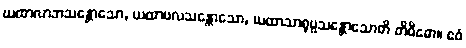
ယထာလာဘသန္တောသော, ယထာဗလသန္တောသော, ယထာသာရုပ္ပသန္တောသောတိ တိဝိဓော။ ဧဝံ